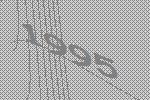
1995